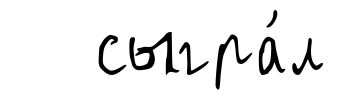
сыгра́л